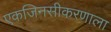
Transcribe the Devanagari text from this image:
एकजिनसीकरणाला